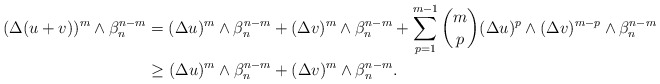
\begin{align*} \begin{aligned}(\Delta (u+v))^m\wedge\beta_n^{n-m}&=(\Delta u)^m\wedge\beta_n^{n-m}+(\Delta v)^m\wedge\beta_n^{n-m}+\sum\limits_{p=1}^{m-1}\binom{m}{p}(\Delta u)^p\wedge(\Delta v)^{m-p}\wedge\beta_n^{n-m}\\&\geq (\Delta u)^m\wedge\beta_n^{n-m}+(\Delta v)^m\wedge\beta_n^{n-m}.\\\end{aligned} \end{align*}